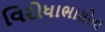
વિરોધાભાસોના